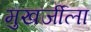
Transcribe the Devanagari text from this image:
मुखर्जीला